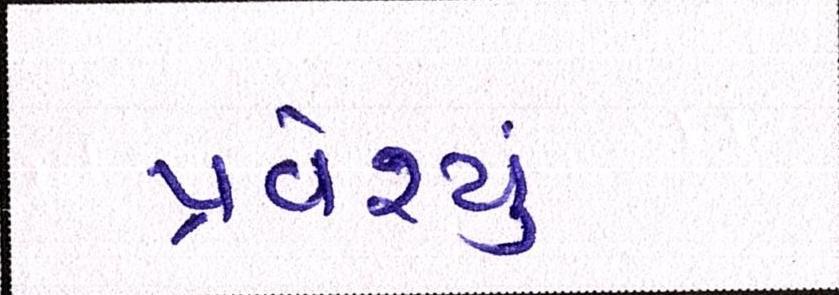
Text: પ્રવેશ્યું